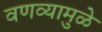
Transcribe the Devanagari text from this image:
वणव्यामुळे